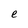
Character: e